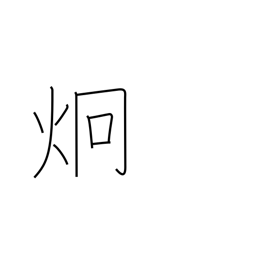
Meaning: light